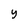
Character: y